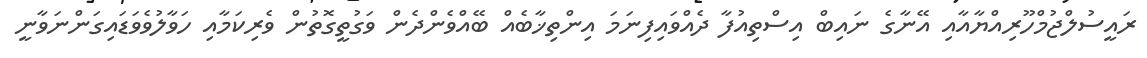
ރައީސުލްޖުމްހޫރިއްޔާއާއި އޭނާގެ ނައިބް އިސްތިއުފާ ދެއްވައިފިނަމަ އިންތިޚާބެއް ބޭއްވެންދެން ވަގުތީގޮތުން ވެރިކަމާއި ހަވާލުވެވަޑައިގަންނަވާނީ